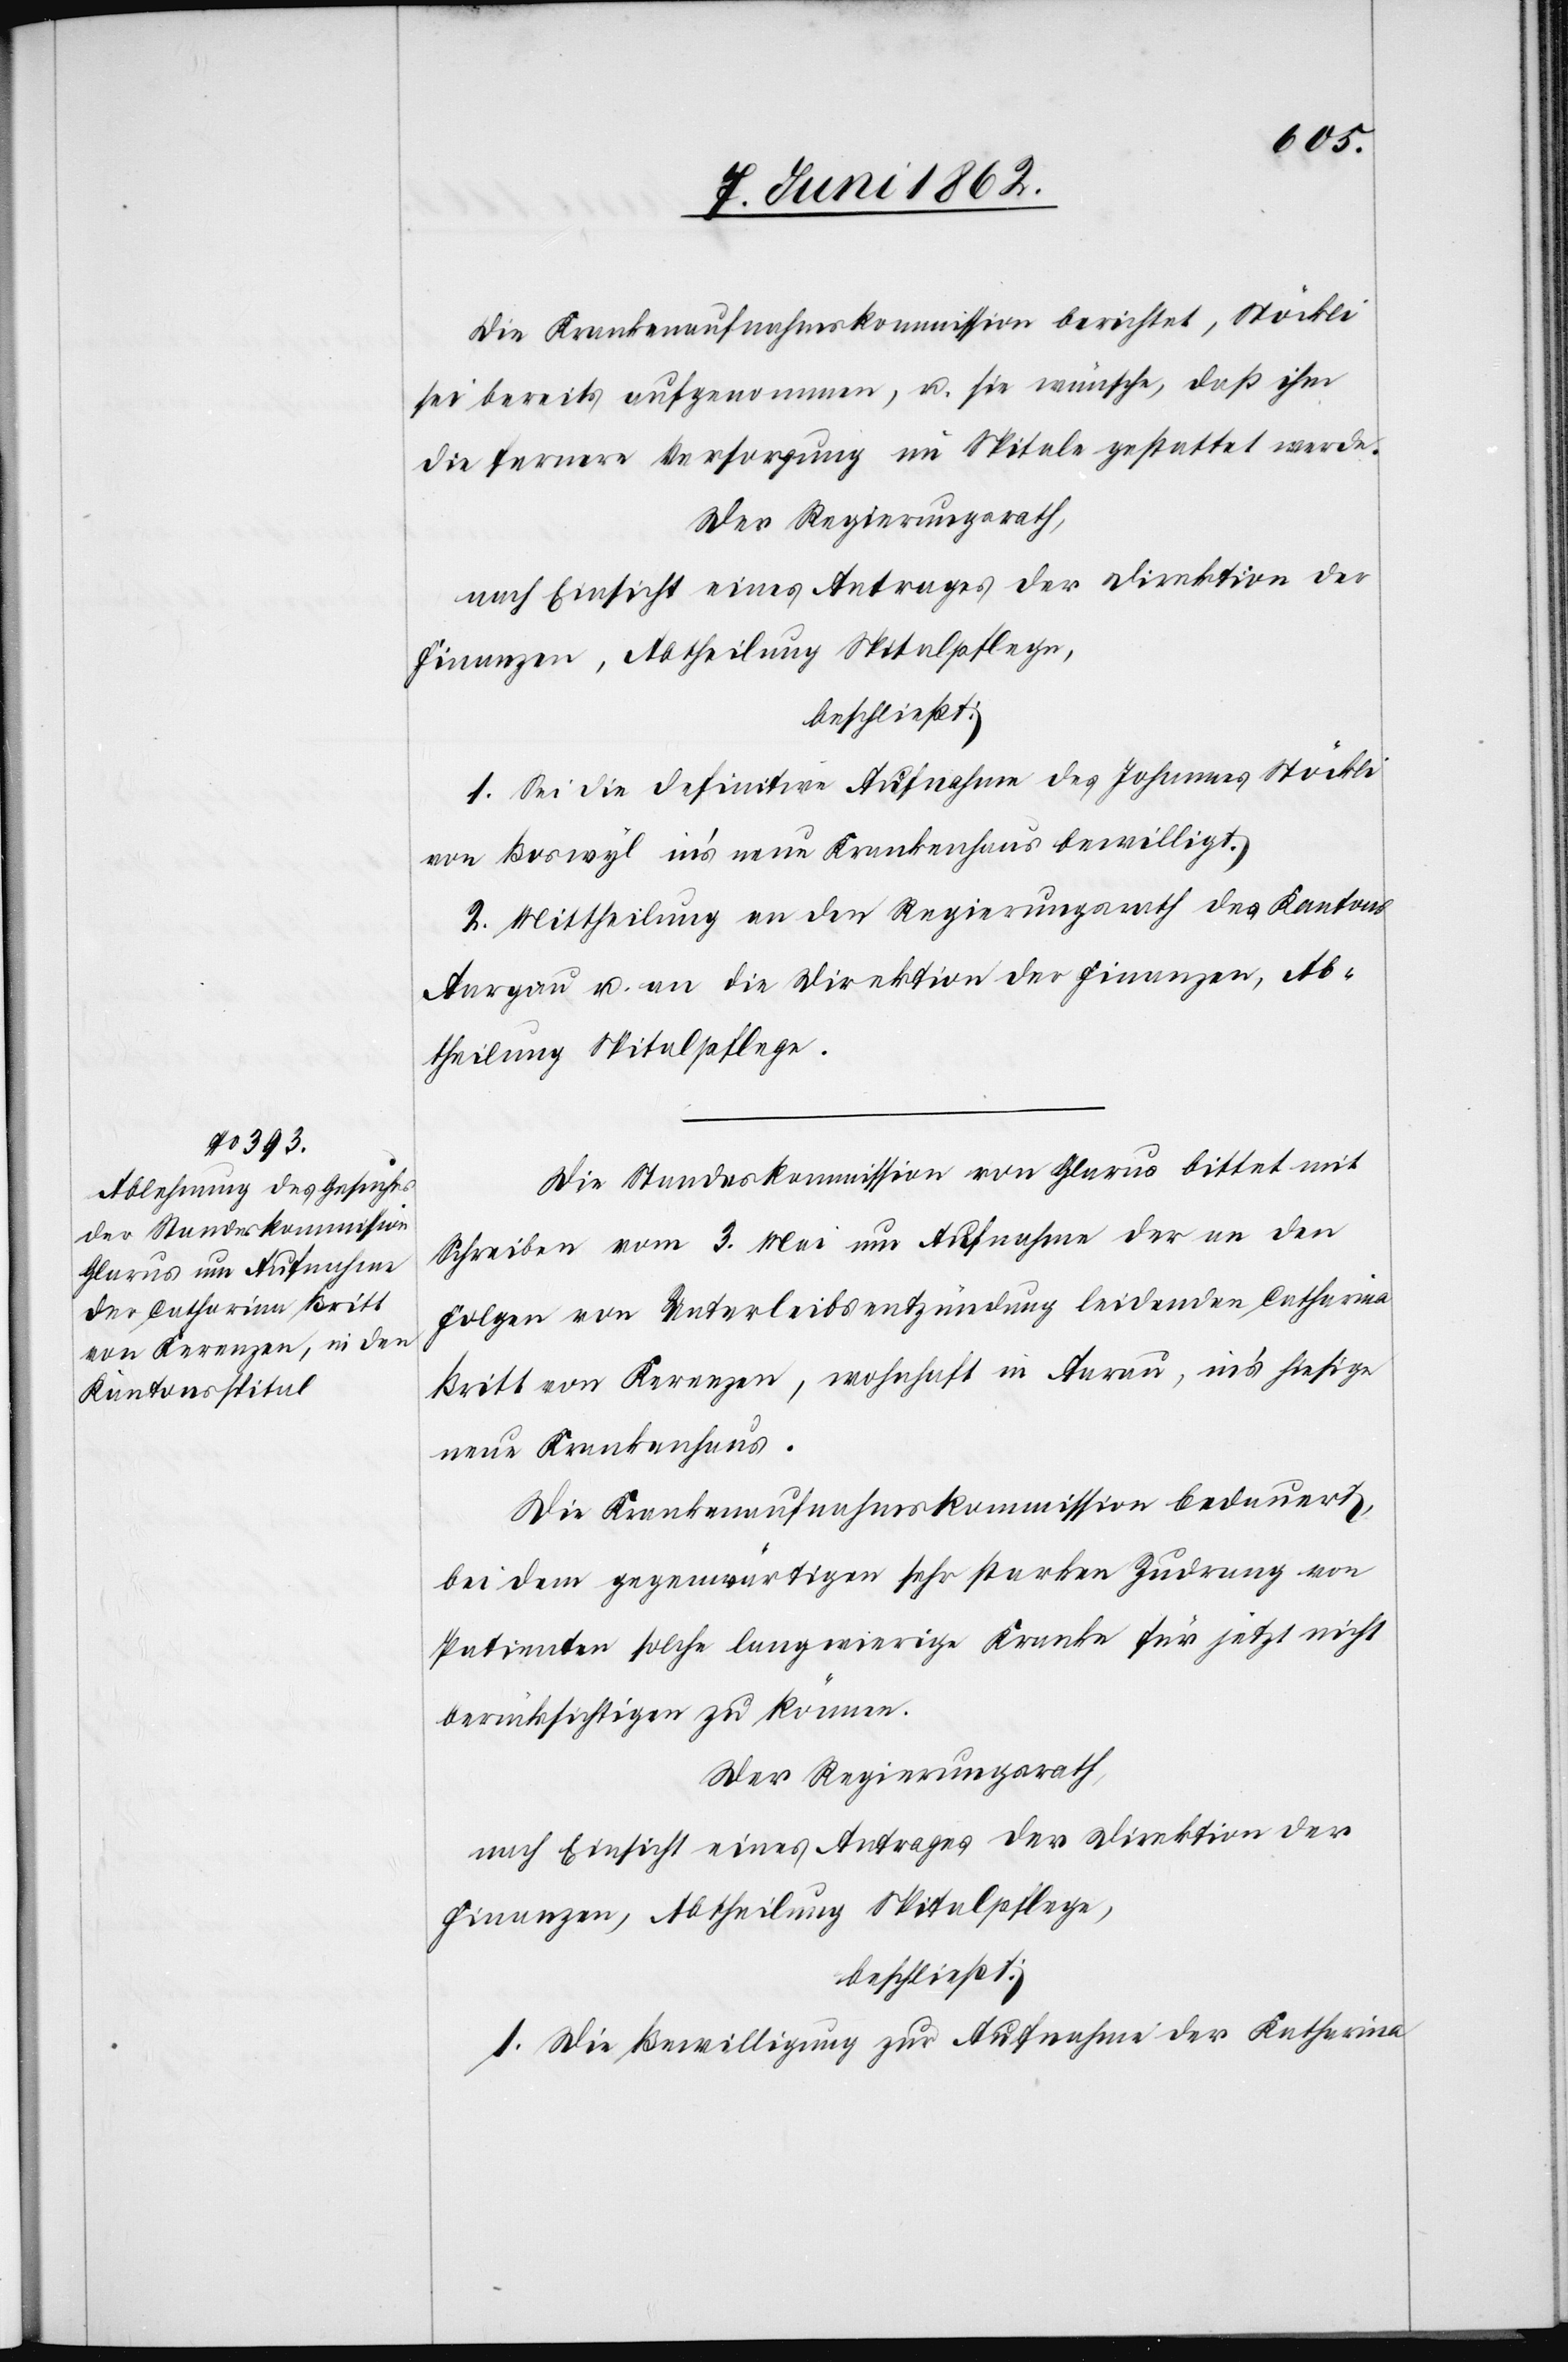
Die Krankenaufnahmskommission berichtet, Stöckli
sei bereits aufgenommen, u. sie wünsche, daß ihm
die fernere Versorgung im Spitale gestattet werde.
1. Sei die definitive Aufnahme des Johannes Stöckli
von Boswyl in’s neue Krankenhaus bewilligt.
2. Mittheilung an den Regierungsrath des Kantons
Aargau u. an die Direktion der Finanzen, Ab¬
theilung Spitalpflege.
Die Standeskommisson von Glarus bittet mit
Schreiben vom 3. Mai um Aufnahme der an den
Folgen von Unterleibsentzündung leidenden Catharina
Britt von Kerenzen, wohnhaft in Aarau, in’s hiesige
neue Krankenhaus.
Die Krankenaufnahmskommission bedauert,
bei dem gegenwärtigen sehr starken Zudrang von
Patienten solche langwierige Kranke für jetzt nicht
berücksichtigen zu können.
Der Regierungsrath,
nach Einsicht eines Antrages der Direktion der
Finanzen, Abtheilung Spitalpflege,
beschließt:
1. Die Bewilligung zur Aufnahme der Katharina